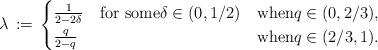
LaTeX: \begin{align*} \lambda \,:=\, \begin{cases} \frac{1}{2-2\delta} \quad\mbox{for some}\delta\in (0,1/2) & \mbox{when}q\in (0,2/3), \\ \frac{q}{2-q} & \mbox{when}q\in (2/3,1). \end{cases}\end{align*}